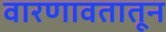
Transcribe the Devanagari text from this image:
वारणावतातून